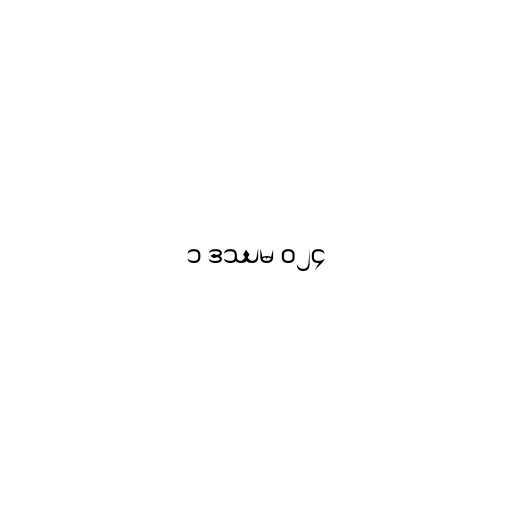
၁ ဒဿမ ၀၂၄